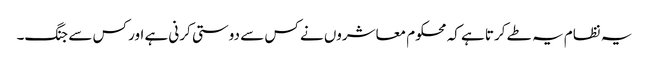
یہ نظام یہ طے کرتا ہے کہ محکوم معاشروں نے کس سے دوستی کرنی ہے اور کس سے جنگ۔